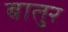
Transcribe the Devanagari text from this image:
बातुर